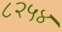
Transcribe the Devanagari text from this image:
८२५४